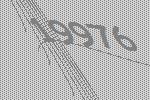
19976